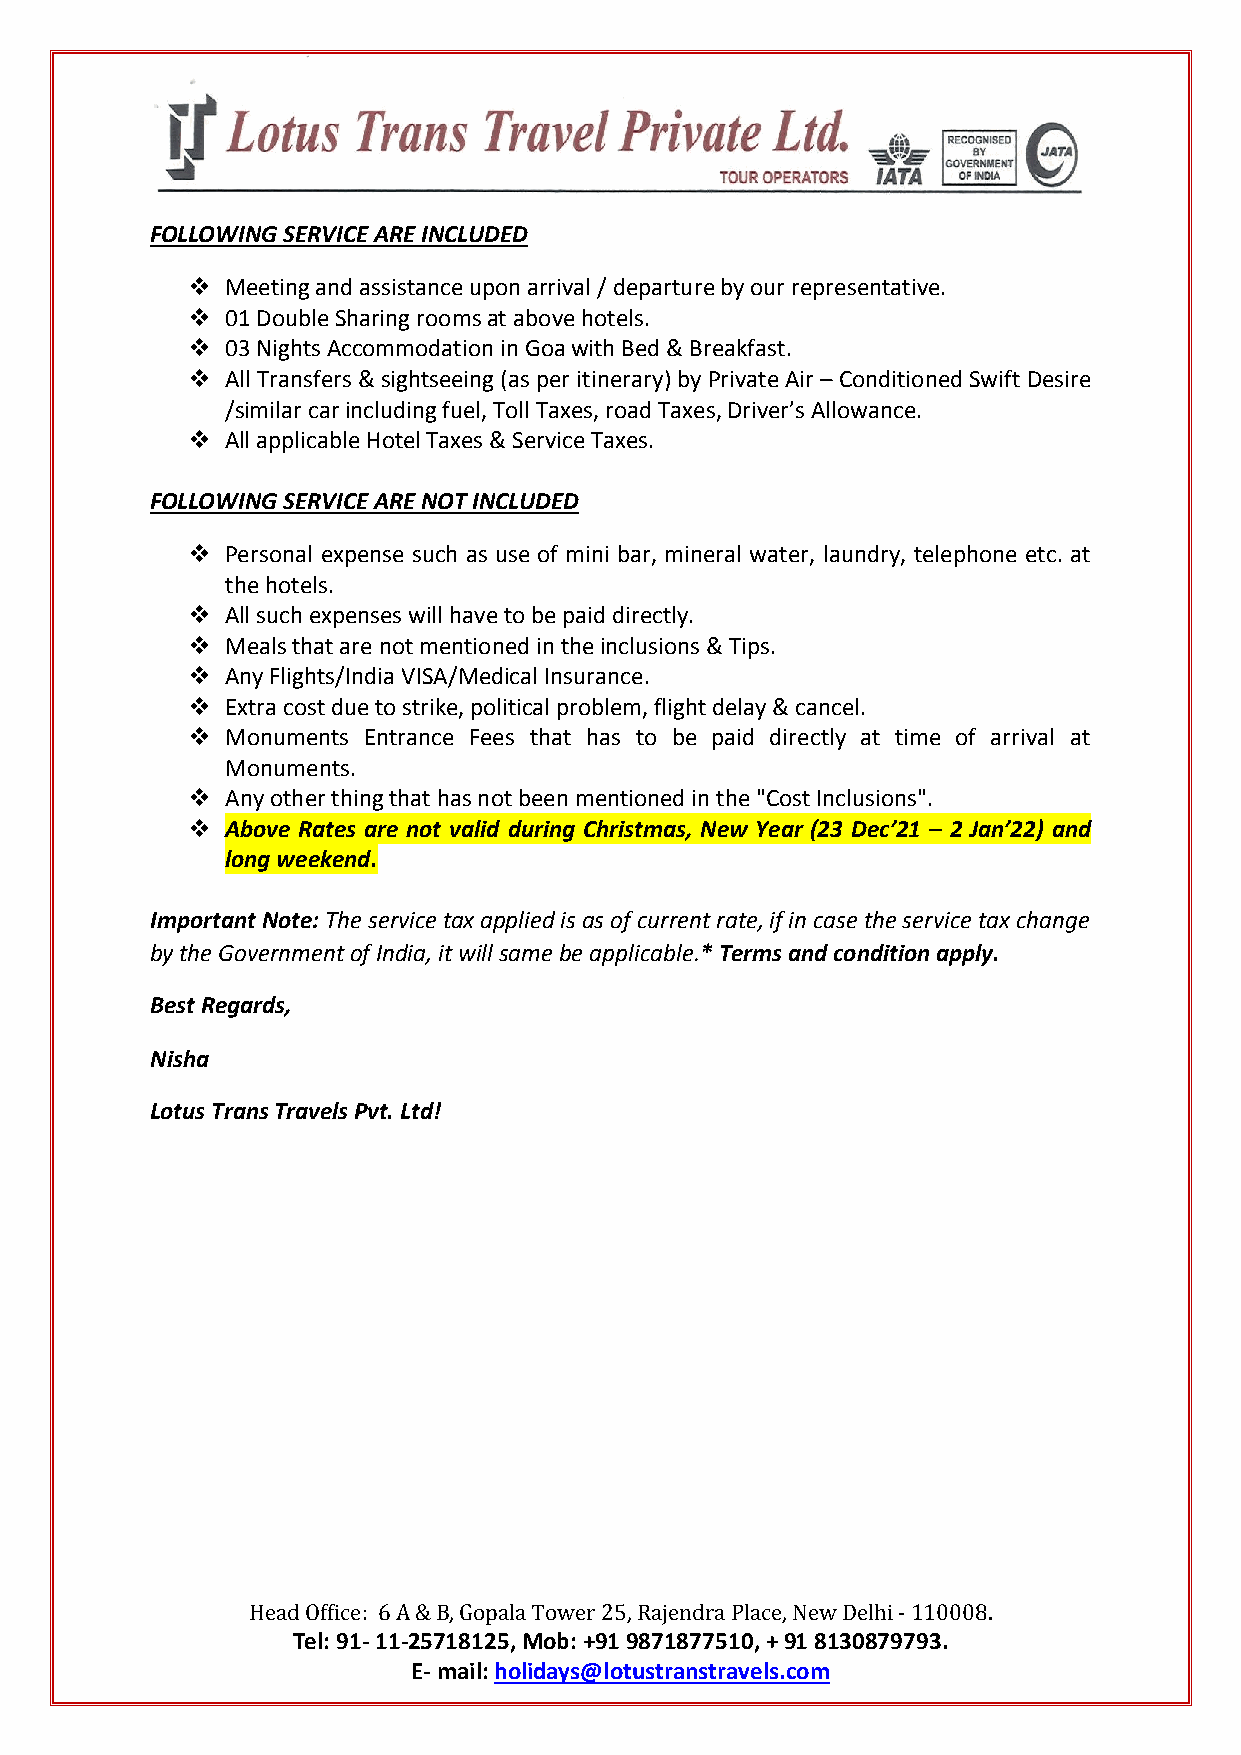
FOLLOWING SERVICE ARE INCLUDED
   Meeting and assistance upon arrival / departure by our representative.
   01 Double Sharing rooms at above hotels.
   03 Nights Accommodation in Goa with Bed & Breakfast.
   All Transfers & sightseeing (as per itinerary) by Private Air – Conditioned Swift Desire
 /similar car including fuel, Toll Taxes, road Taxes, Driver’s Allowance.
   All applicable Hotel Taxes & Service Taxes.
 FOLLOWING SERVICE ARE NOT INCLUDED
   Personal expense such as use of mini bar, mineral water, laundry, telephone etc. at
 the hotels.
   All such expenses will have to be paid directly.
   Meals that are not mentioned in the inclusions & Tips.
   Any Flights/India VISA/Medical Insurance.
   Extra cost due to strike, political problem, flight delay & cancel.
   Monuments Entrance Fees that has to be paid directly at time of arrival at
 Monuments.
   Any other thing that has not been mentioned in the "Cost Inclusions".
   Above Rates are not valid during Christmas, New Year (23 Dec’21 – 2 Jan’22) and
 long weekend.
 Important Note: The service tax applied is as of current rate, if in case the service tax change
 by the Government of India, it will same be applicable.* Terms and condition apply.
 Best Regards,
 Nisha
 Lotus Trans Travels Pvt. Ltd!
 Head Office: 6 A & B, Gopala Tower 25, Rajendra Place, New Delhi - 110008.
 Tel: 91- 11-25718125, Mob: +91 9871877510, + 91 8130879793.
 E- mail: holidays@lotustranstravels.com